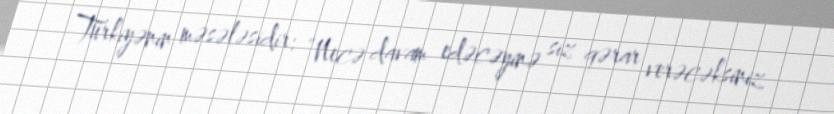
Türkiyənin məsələsidir: “Necə davam edəcəyinə siz qərar verəcəksiniz.